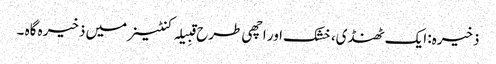
ذخیرہ: ایک ٹھنڈی، خشک اور اچھی طرح قبِیلہ کنٹینر میں ذخیرہ گاہ ۔